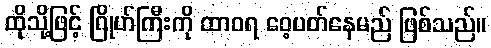
ထိုသို့ဖြင့် ဂြိုဟ်ကြီးကို ထာဝရ ဝေ့ပတ်နေမည် ဖြစ်သည်။